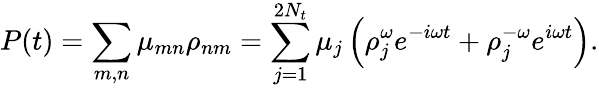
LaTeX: P(t)=\sum_{m,n}{{\mu}_{mn}{\rho}_{nm}}=\sum_{j=1}^{2N_{t}}{{\mu}_{j}\left({\rho}_{j}^{\omega}e^{-i\omega t}+{\rho}_{j}^{-\omega}e^{i\omega t}\right)}.